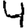
Digit: 4